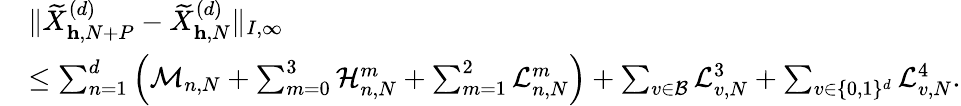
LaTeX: \begin{array}{rl}&{\| \widetilde{X}_{\mathbf{h},N+P}^{(d)}-\widetilde{X}_{\mathbf{h},N}^{(d)}\| _{I,\infty}}\\ &{\leq\sum_{n=1}^{d}\left(\mathcal{M}_{n,N}+\sum_{m=0}^{3}\mathcal{H}_{n,N}^{m}+\sum_{m=1}^{2}\mathcal{L}_{n,N}^{m}\right)+\sum_{v\in\mathcal{B}}\mathcal{L}_{v,N}^{3}+\sum_{v\in\{ 0,1\} ^{d}}\mathcal{L}_{v,N}^{4}.}\end{array}